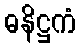
ဓနိဋ္ဌကံ